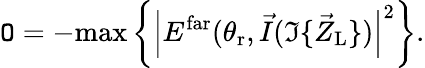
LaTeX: \mathtt{O}=-\mathrm{{max}}\left\{ \left|E^{\mathrm{{far}}}(\theta_{\mathrm{{r}}},\vec{{I}}(\Im\{ \vec{{Z}}_{\mathrm{{L}}}\} )\right|^{2}\right\} .